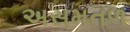
અસમતળ